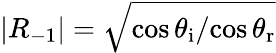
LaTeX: |R_{-1}|=\sqrt{{\cos\theta_{\mathrm{i}}}/{\cos\theta_{\mathrm{r}}}}